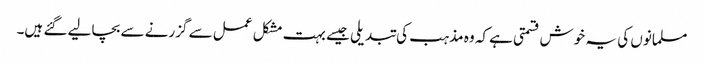
مسلمانوں کی یہ خوش قسمتی ہے کہ وہ مذہب کی تبدیلی جیسے بہت مشکل عمل سے گزرنے سے بچالیے گئے ہیں۔